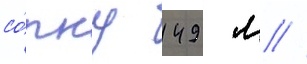
со́пку 149 м //